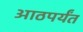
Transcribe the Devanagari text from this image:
आठपर्यंत